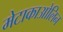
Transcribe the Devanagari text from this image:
मेटाकाओलिन